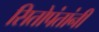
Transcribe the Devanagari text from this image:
सितोपंतांनी